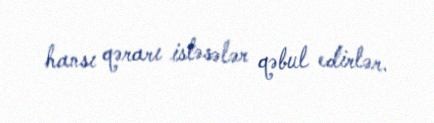
hansı qərarı istəsələr qəbul edirlər.